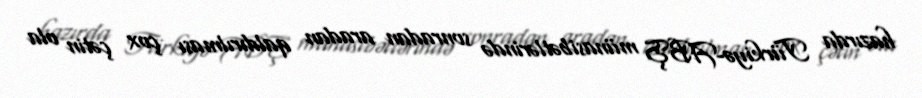
hazırda Türkiyə-ABŞ münasibətlərində sonradan aradan qaldırılması çox çətin ola